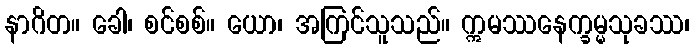
နာဂိတ။ ခေါ၊ စင်စစ်။ ယော၊ အကြင်သူသည်။ ဣမဿနေက္ခမ္မသုခဿ၊